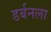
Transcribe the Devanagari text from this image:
डर्बनला